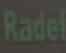
Radel